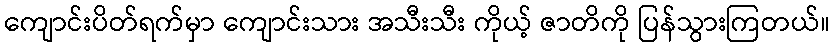
ကျောင်းပိတ်ရက်မှာ ကျောင်းသား အသီးသီး ကိုယ့် ဇာတိကို ပြန်သွားကြတယ်။